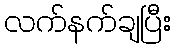
လက်နက်ချပြီး